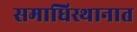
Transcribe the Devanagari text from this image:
समाधिस्थानात